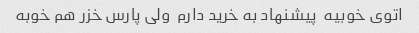
اتوی خوبیه  پیشنهاد به خرید دارم  ولی پارس خزر هم خوبه